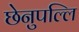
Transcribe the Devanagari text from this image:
छेनुपल्लि